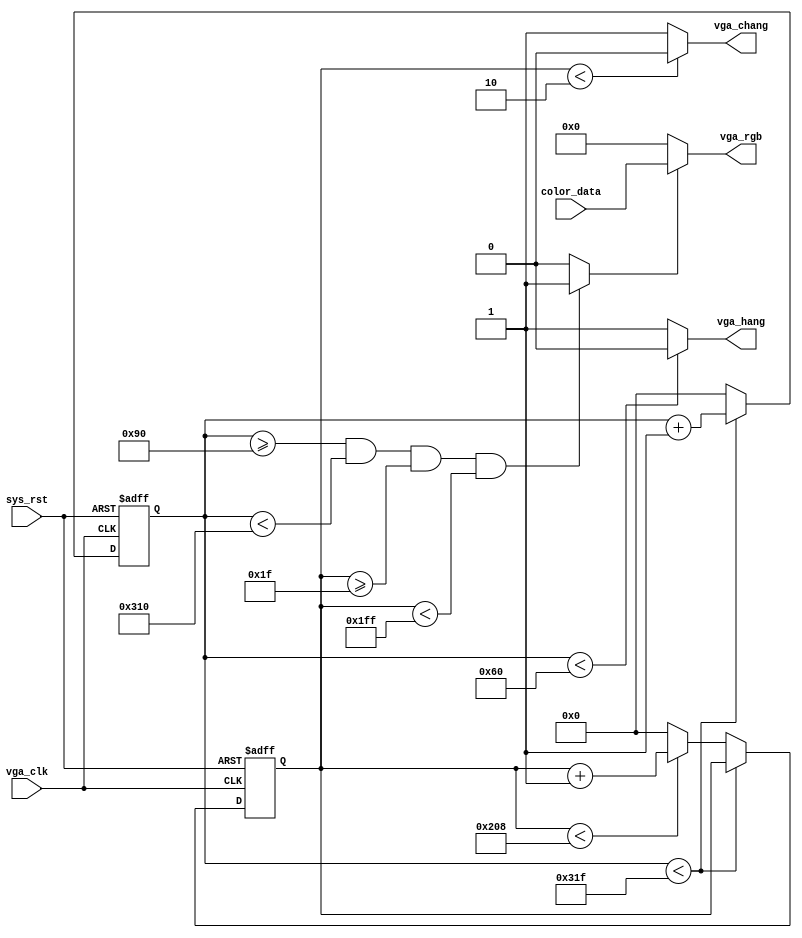
`timescale 1ns / 1ps
//////////////////////////////////////////////////////////////////////////////////
// Company: 
// Engineer: 
// 
// Design Name: 
// Module Name: vga_driver
// Project Name: 
// Target Devices: 
// Tool Versions: 
// Description: 
// 
// Dependencies: 
// 
// Revision:
// Revision 0.01 - File Created
// Additional Comments:
// 
//////////////////////////////////////////////////////////////////////////////////


module vga_driver(
    input vga_clk,
    input sys_rst,
    
    output vga_hang,      //
    output vga_chang,    //
    output [11:0] vga_rgb,      //vga
    
    input [11:0] color_data          //vga
    );
    parameter  H_SYNC   =  10'd96;    //
    parameter  H_BACK   =  10'd48;    //
    parameter  H_DATA   =  10'd640;   //
    parameter  H_FRONT  =  10'd16;    //
    parameter  H_CYCLE  =  10'd800;   //
    
    parameter  C_SYNC   =  10'd2;     //
    parameter  C_BACK   =  10'd29;    //
    parameter  C_DATA   =  10'd480;   //
    parameter  C_FRONT  =  10'd10;    //
    parameter  C_CYCLE  =  10'd521;   //  

reg [9:0] h_cnt;    
reg [9:0] c_cnt;   


//
assign vga_hang=(h_cnt<H_SYNC)?1'b0:1'b1;
assign vga_chang=(c_cnt<C_SYNC)?1'b0:1'b1;

//
wire data_en;
assign data_en=(h_cnt>=H_SYNC+H_BACK)&&(h_cnt<H_SYNC+H_BACK+H_DATA)
                    &&(c_cnt>=C_SYNC+C_BACK)&&(c_cnt<C_SYNC+C_BACK+C_DATA)
                    ?1'b1:1'b0;

//
assign vga_rgb=data_en?color_data:12'd0;


//
always @(posedge vga_clk or negedge sys_rst) begin
    if(!sys_rst) begin
        h_cnt<=10'd0;
        c_cnt<=10'd0;
    end
    else begin
        if(h_cnt<H_CYCLE-1'b1)
            h_cnt<=h_cnt+1'b1;
        else begin
            h_cnt<=10'd0;
            if(c_cnt<C_CYCLE-1'b1)
                c_cnt<=c_cnt+1'b1;
            else
                c_cnt<=10'd0;
        end
    end
end 
     
endmodule